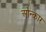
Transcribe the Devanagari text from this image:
ओन्कार